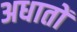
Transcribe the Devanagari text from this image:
अधातों